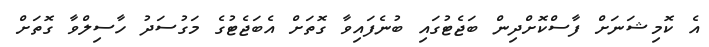
އެ ކޮމިޝަނަށް ފާސްކޮށްދިން ބަޖެޓުގައި ބުނެފައިވާ ގޮތަށް އެބަޖެޓުގެ މަގުސަދު ހާސިލްވާ ގޮތަށް